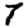
Digit: 7